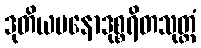
ဒုတိယမနောဒုစ္စရိတသုတ္တံ